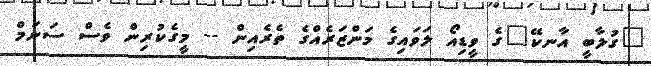
"ގުލާބީ އާނކޭ"ގެ ވީޑިއޯ ލަވައިގެ މަންޒަރެއްގެ ތެރެއިން -- މީގެކުރިން ވެސް ސަނަމް